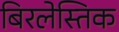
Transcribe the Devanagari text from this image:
बिरलेस्तिक